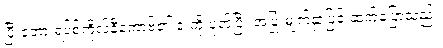
ပြီးတော့ ရပ်စ်ကိုလ်နီကော့ဗ်၏ ဒူးကို ပုတ်ပြီး အပြုံးမျက်နှာဖြင့် ဆက်ပြောသည်။